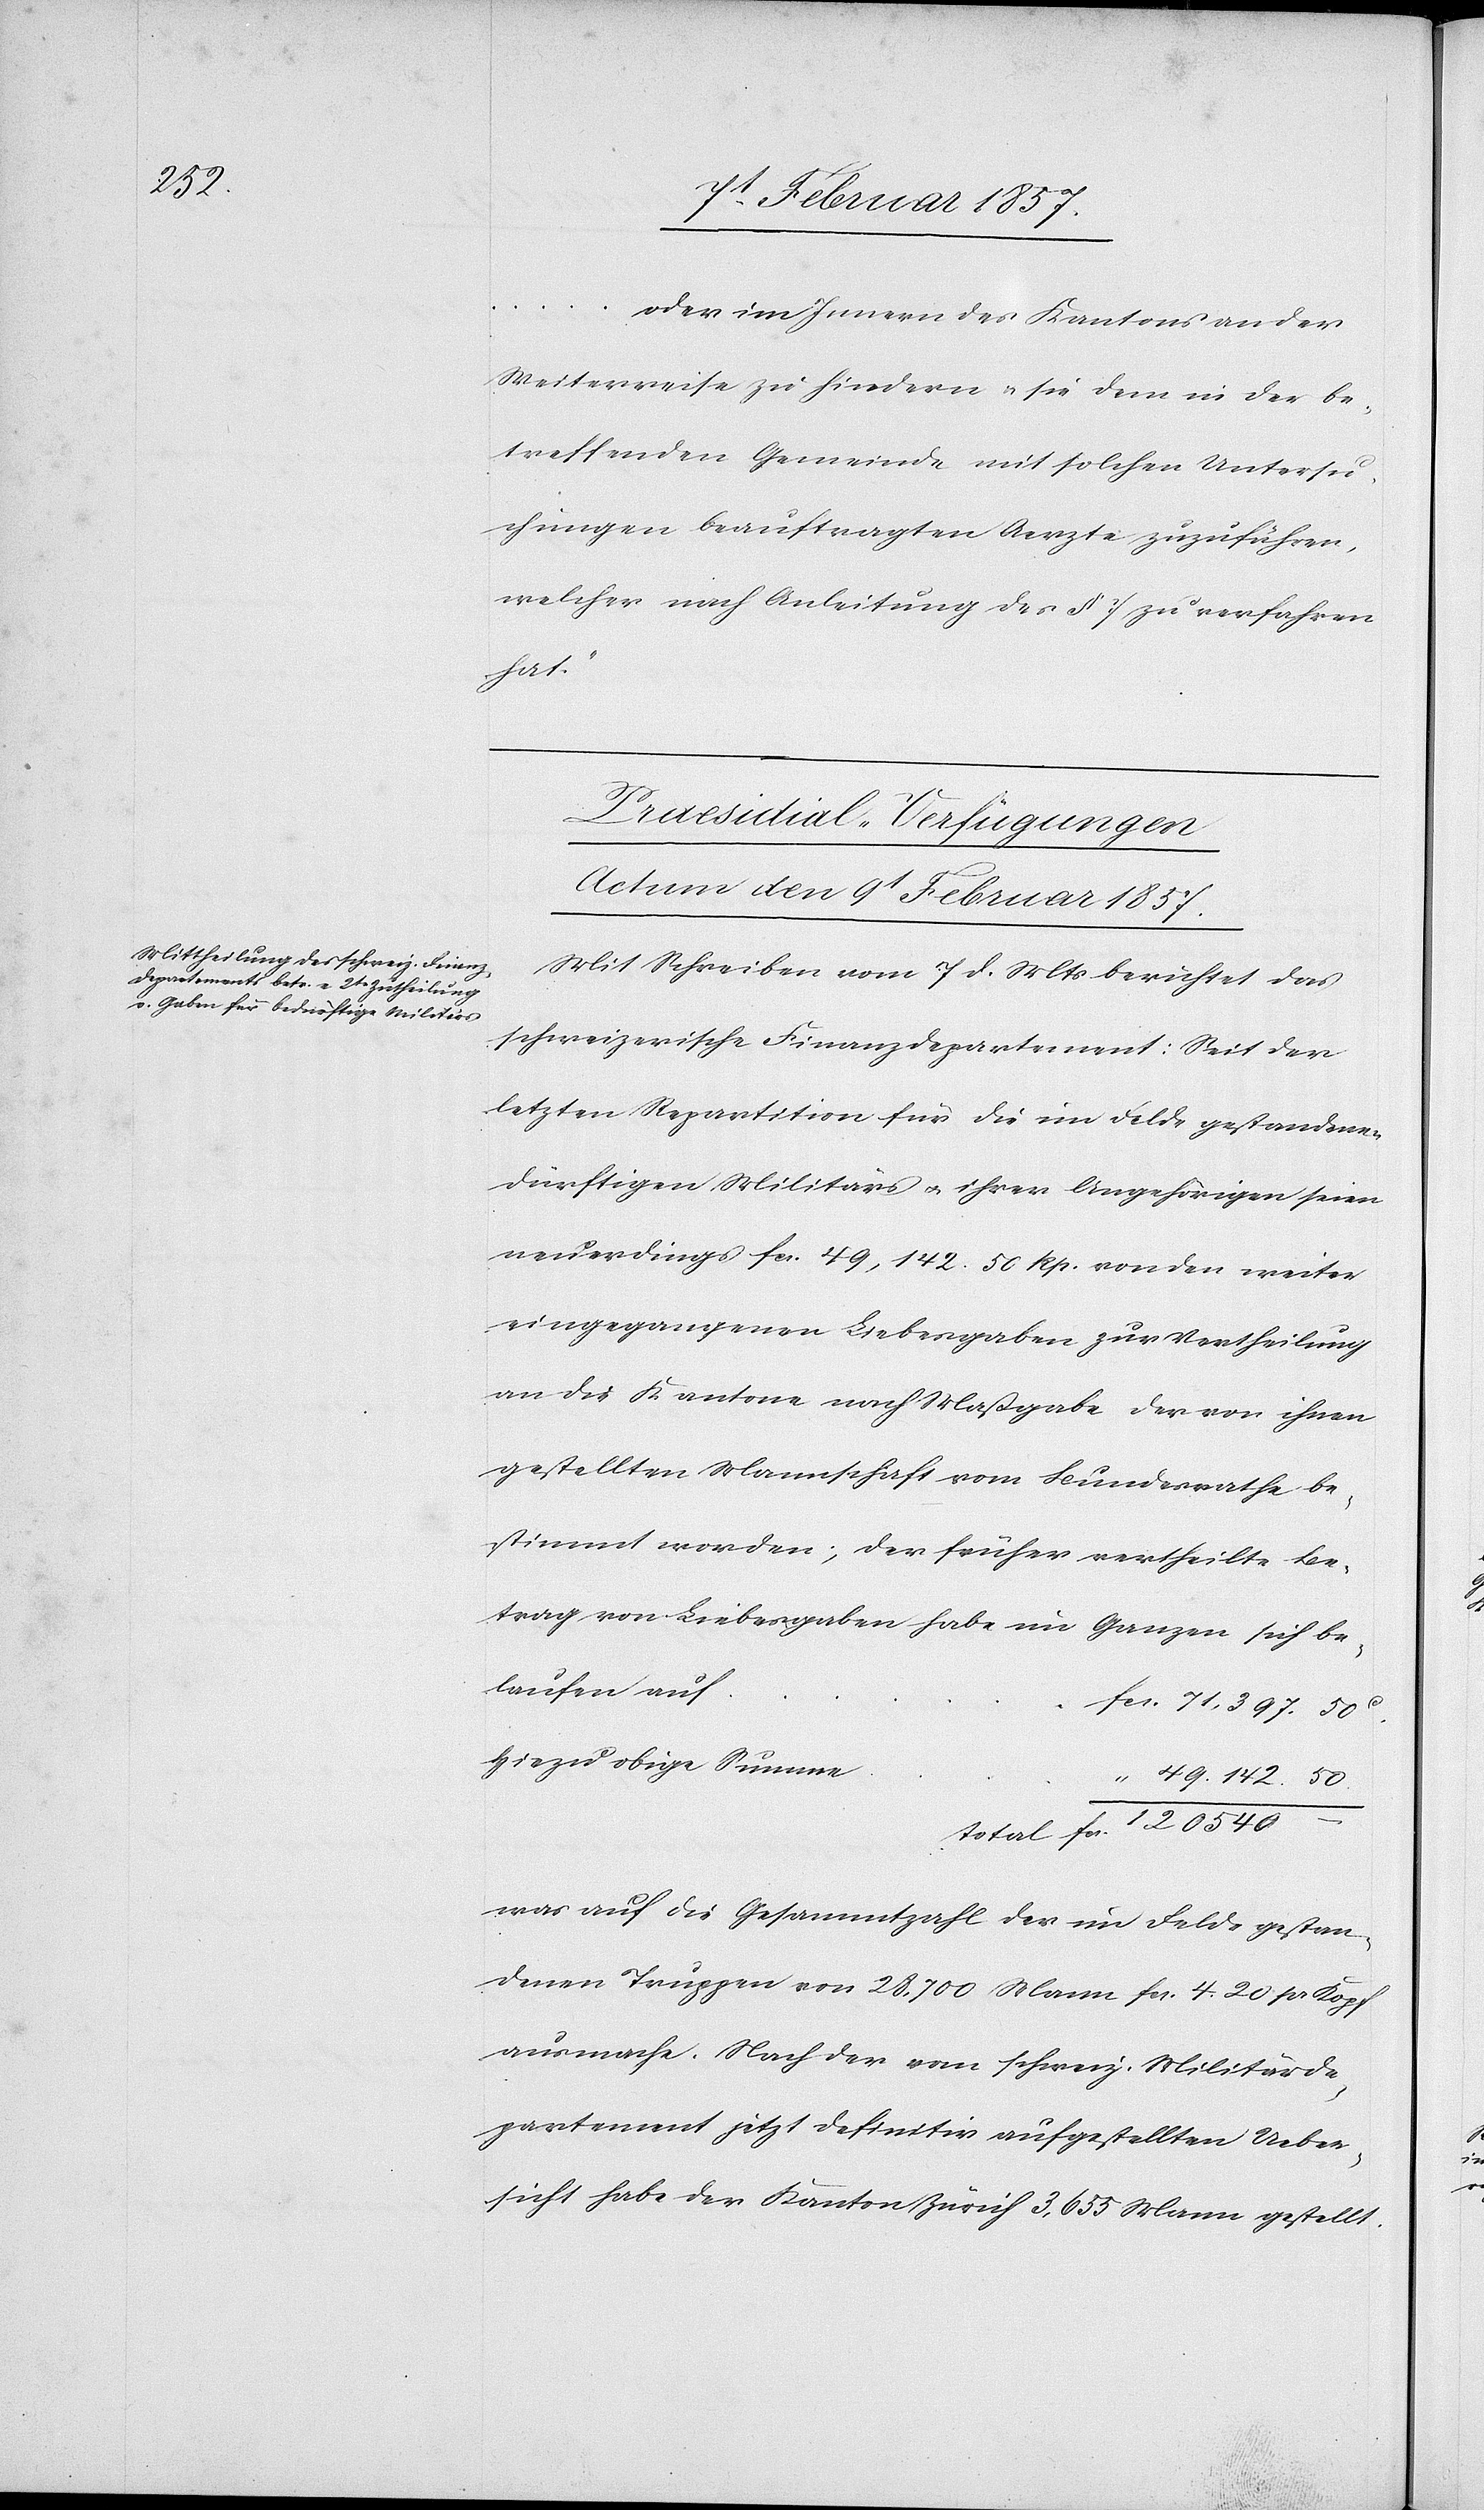
120

… oder im Innern des Kantons an der
Weiterreise zu hindern u. sie dem in der be¬
treffenden Gemeinde mit solchen Untersu¬
chungen beauftragten Aerzte zuzuführen,
welcher nach Anleitung des § 7 zu verfahren
vertheilte
Praesidial-Verfügungen
Actum den 9t Februar 1857.
Mit Schreiben vom 7 d. Mts berichtet das
schweizerische Finanzdepartement: Seit der
letzten Repartition für die im Felde gestandenen
bedürftigen Militärs u. ihrer Angehörigen seien
neuerdings fr. 49,142. 50 Rp. von den weiter
eingegangenen Liebesgaben zur Vertheilung
an die Kantone nach Maßgabe der von ihnen
gestellten Mannschaft vom Bundesrathe be¬
Betrag von Liebesgaben habe im Ganzen sich be¬
laufen auf
hiezu obige Summe
was auf die Gesammtzahl der im Felde gestan¬
denen Truppen von 28,700 Mann fr. 4 20 pr Kopf
ausmache. Nach der vom schweiz. Militärde¬
partement jetzt definitiv aufgestellten Ueber¬
sicht habe der Kanton Zürich 3,655 Mann gestellt.